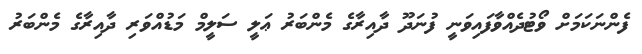
ފެންނަކަމަށް ވޯޓުދެއްވާފައިވަނީ ފުނަދޫ ދާއިރާގެ މެންބަރު ޢަލީ ސަލީމް މަޑުއްވަރި ދާއިރާގެ މެންބަރު